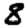
Digit: 8